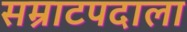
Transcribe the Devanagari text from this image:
सम्राटपदाला